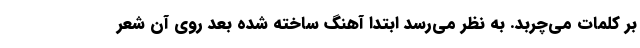
بر کلمات می‌چربد. به نظر می‌رسد ابتدا آهنگ ساخته شده بعد روی آن شعر